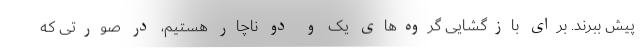
پیش ببرند. برای بازگشایی گروه‌های یک و دو ناچار هستیم، در صورتی که